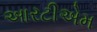
આરટીએમ